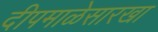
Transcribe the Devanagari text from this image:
दीपमाळेसारखा